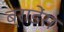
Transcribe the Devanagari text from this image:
ब्राडेंस